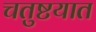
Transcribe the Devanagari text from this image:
चतुष्टयात